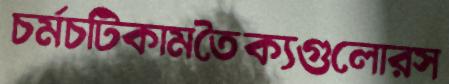
চর্মচটিকামতৈক্যগুলোরস